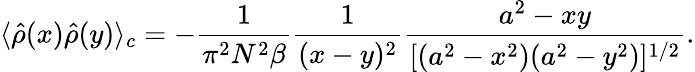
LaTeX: \langle\hat{\rho}(x)\hat{\rho}(y)\rangle_{c}=-{\frac{1}{\pi^{2}N^{2}\beta}}{\frac{1}{(x-y)^{2}}}{\frac{a^{2}-xy}{[(a^{2}-x^{2})(a^{2}-y^{2})]^{1/2}}}.